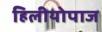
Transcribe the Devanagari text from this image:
हिलीयोपाज